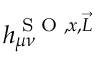
h _ { \mu \nu } ^ { \textrm { S O } , x , \vec { L } }